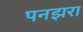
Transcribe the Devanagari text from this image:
पनझरा